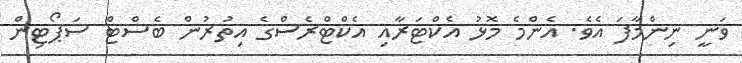
ވަނީ ނިންމާފަ އެވެ. އެންމެ މޮޅު އެކްޓަރާއި އެކްޓްރެސްގެ އިތުރުން ބެސްޓް ސަޕޯޓިން